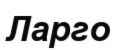
Ларго